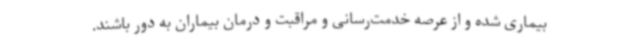
بیماری شده و از عرصه خدمت‌رسانی و مراقبت و درمان بیماران به دور باشند.